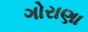
ગોરાણા